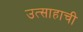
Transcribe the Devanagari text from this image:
उत्साहाची